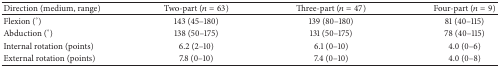
| Direction (medium, range) | Two-part (n = 63) | Three-part (n = 47) | Four-part (n = 9) |
 | --- | --- | --- | --- |
 | Flexion (°) | 143 (45–180) | 139 (80–180) | 81 (40–115) |
 | Abduction (°) | 138 (50–175) | 131 (50–175) | 78 (40–115) |
 | Internal rotation (points) | 6.2 (2–10) | 6.1 (0–10) | 4.0 (0–6) |
 | External rotation (points) | 7.8 (0–10) | 7.4 (0–10) | 4.0 (0–8) |